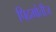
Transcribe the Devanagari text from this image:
पिदमोंतीज